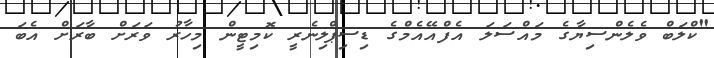
"ކްލަބް ވެލެންސިޔާގެ މައްސަލަ އެފްއޭއެމްގެ ޑިސިޕްލިނެރީ ކޮމިޓީން މިހާރު ވަރަށް ބާރަށް އެބަ